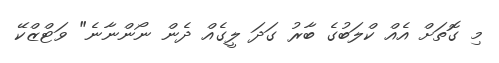
މި ގޮތަށް އެއް ކްލަބުގެ ބާރު ގަދަ ލީގެއް ދެން ނޯންނާނެ" ވަޓްޒްކޭ